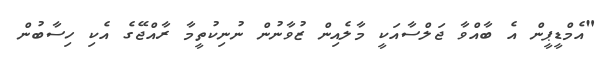
"އެމްޑީޕީން އެ ބާއްވާ ޖަލްސާއަކީ މާލެއިން ޒުވާނުން ނުނިކުތީމާ ރާއްޖޭގެ އެކި ހިސާބުން